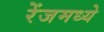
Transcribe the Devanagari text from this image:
रेंजमध्ये